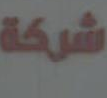
شركه